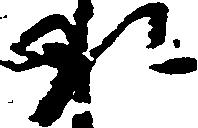
承